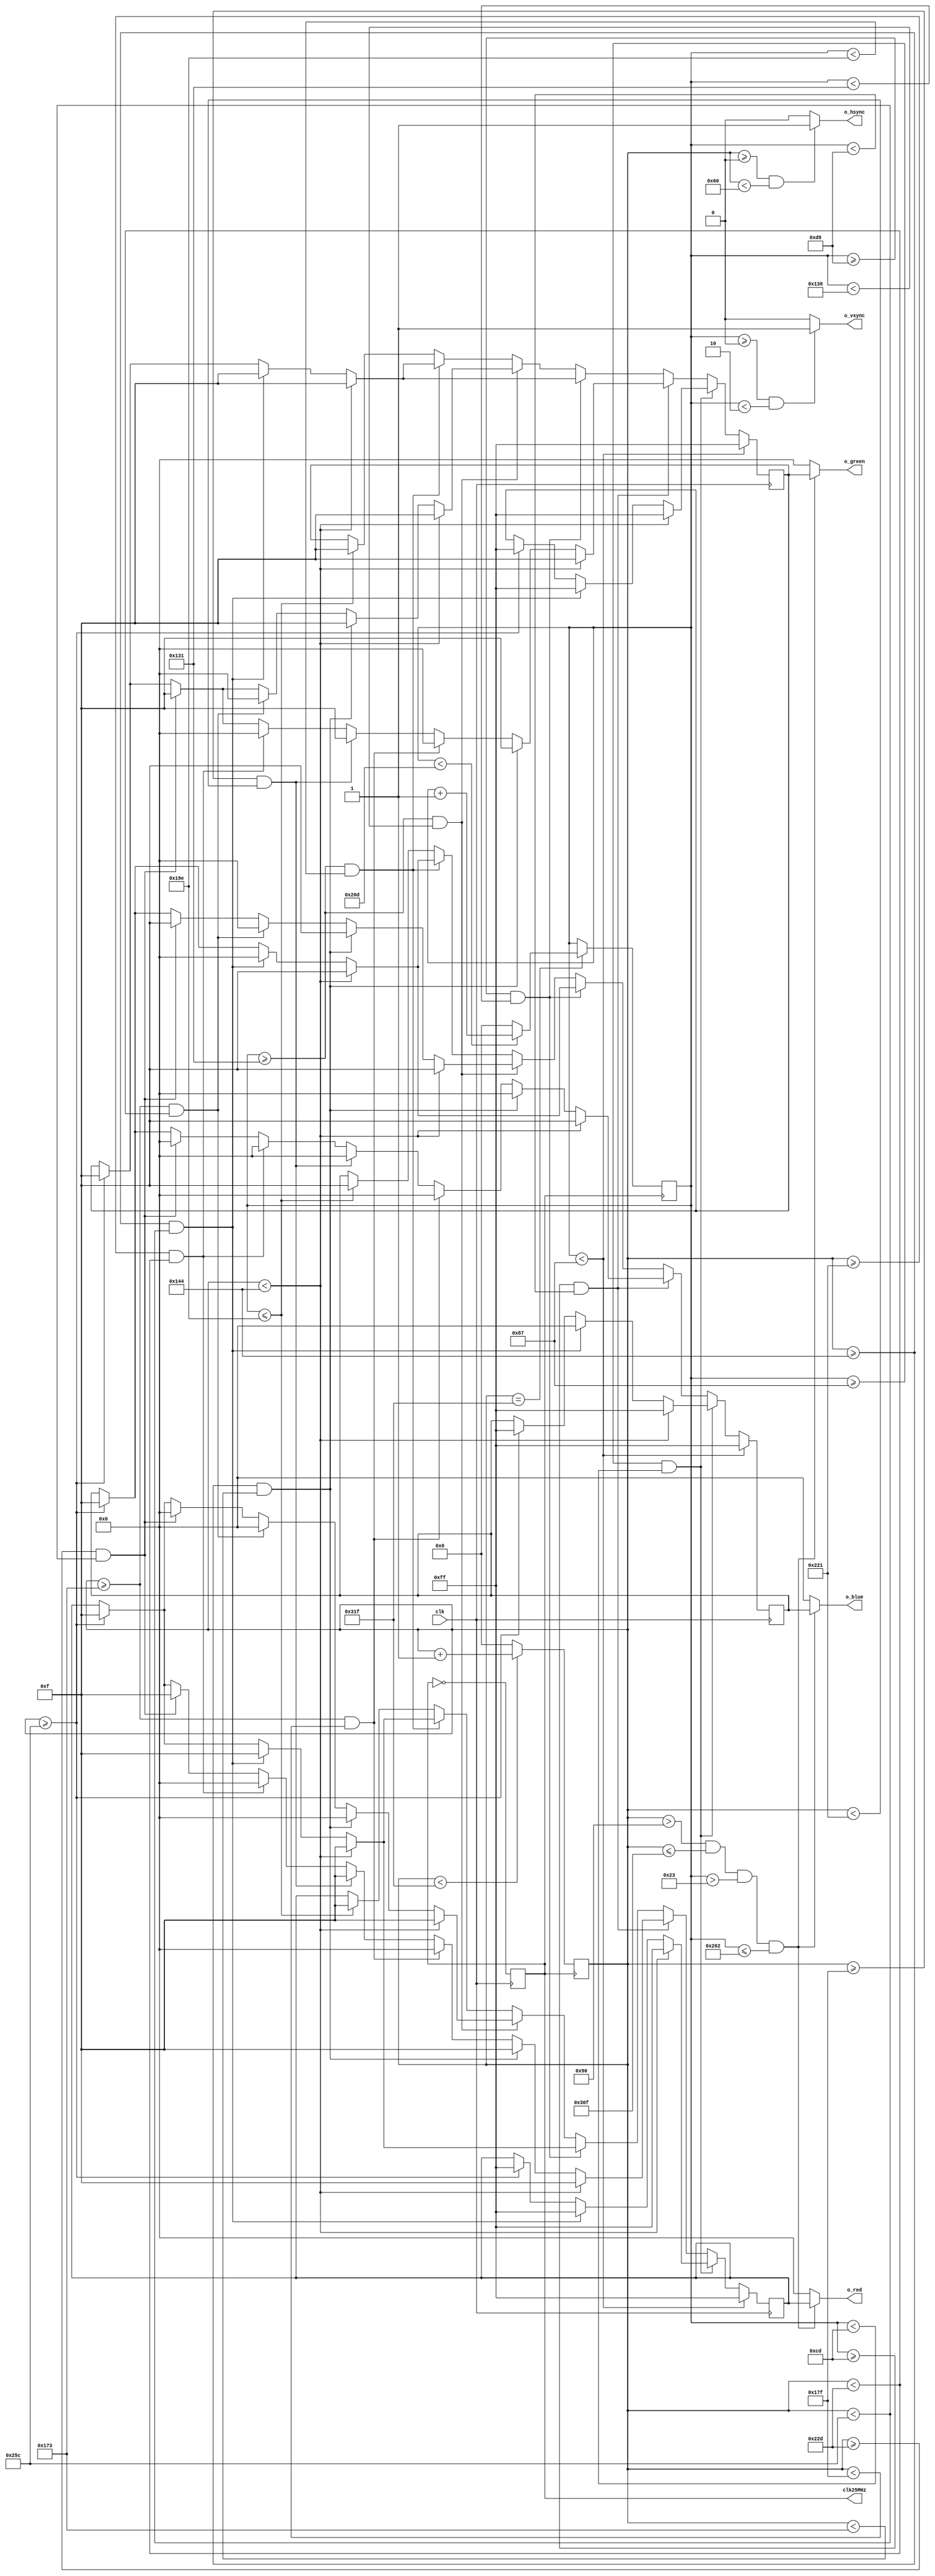
`timescale 1ns / 1ps

// image generator of a road and a sky 640x480 @ 60 fps

////////////////////////////////////////////////////////////////////////
module smiley(
	input clk,           // 50 MHz
	output o_hsync,      // horizontal sync
	output o_vsync,	     // vertical sync
	output [7:0] o_red,
	output [7:0] o_blue,
	output [7:0] o_green,  
	output reg clk25MHz
);

	reg [9:0] counter_x = 0;  // horizontal counter
	reg [9:0] counter_y = 0;  // vertical counter
	reg [7:0] r_red = 0;
	reg [7:0] r_blue = 0;
	reg [7:0] r_green = 0;
	
	reg reset = 0;  // for PLL
	
	
	always @(posedge clk) begin 
	clk25MHz = ~clk25MHz;
	end
	/////////////////////////////////////////////////////////////////////////////////////////////////////////////////////////////////
	// counter and sync generation
	always @(posedge clk25MHz)  // horizontal counter
		begin 
			if (counter_x < 799)
				counter_x <= counter_x + 1;  // horizontal counter (including off-screen horizontal 160 pixels) total of 800 pixels 
			else
				counter_x <= 0;              
		end  // always 
	
	always @ (posedge clk25MHz)  // vertical counter
		begin 
			if (counter_x == 799)  // only counts up 1 count after horizontal finishes 800 counts
				begin
					if (counter_y < 525)  // vertical counter (including off-screen vertical 45 pixels) total of 525 pixels
						counter_y <= counter_y + 1;
					else
						counter_y <= 0;              
				end  // if (counter_x...
		end  // always
	// end counter and sync generation  

	/////////////////////////////////////////////////////////////////////////////////////////////////////////////////////////////////
	// hsync and vsync output assignments
	assign o_hsync = (counter_x >= 0 && counter_x < 96) ? 1:0;  // hsync high for 96 counts                                                 
	assign o_vsync = (counter_y >= 0 && counter_y < 2) ? 1:0;   // vsync high for 2 counts
	// end hsync and vsync output assignments

	/////////////////////////////////////////////////////////////////////////////////////////////////////////////////////////////////
	// pattern generate
		always @ (posedge clk)
		begin
			////////////////////////////////////////////////////////////////////////////////////// SECTION 1
			if (counter_y < 135)
				begin              
					r_red <= 8'hFF;    // white
					r_blue <= 8'hFF;
					r_green <= 8'hFF;
				end  // if (counter_y < 135)
			////////////////////////////////////////////////////////////////////////////////////// END SECTION 1
			
			////////////////////////////////////////////////////////////////////////////////////// SECTION 2
			else if (counter_y >= 135 && counter_y < 205)
				begin 
					if (counter_x < 324)
						begin 
							r_red <= 8'hFF;    // white
							r_blue <= 8'hFF;
							r_green <= 8'hFF;
						end  // if (counter_x < 324)
					else if (counter_x >= 324 && counter_x < 604)
						begin 
							r_red <= 8'hFF;    // yellow
							r_blue <= 8'h00;
							r_green <= 8'hFF;
						end  // else if (counter_x >= 324 && counter_x < 604)
					else if (counter_x >= 604)
						begin 
							r_red <= 8'hFF;    // white
							r_blue <= 8'hFF;;
							r_green <= 8'hFF;
						end  // else if (counter_x >= 604)
					end  // else if (counter_y >= 135 && counter_y < 205)
			////////////////////////////////////////////////////////////////////////////////////// END SECTION 2
			
			////////////////////////////////////////////////////////////////////////////////////// SECTION 3
			else if (counter_y >= 205 && counter_y < 217)
				begin 
					if (counter_x < 324)
						begin 
							r_red <= 4'hF;    // white
							r_blue <= 4'hF;
							r_green <= 4'hF;
						end  // if (counter_x < 324)
					else if (counter_x >= 324 && counter_x < 371)
						begin 
							r_red <= 4'hF;    // yellow
							r_blue <= 4'h0;
							r_green <= 4'hF;
						end  // else if (counter_x >= 324 && counter_x < 371)
					else if (counter_x >= 371 && counter_x < 383)
						begin 
							r_red <= 4'h0;    // black
							r_blue <= 4'h0;
							r_green <= 4'h0;
						end  // else if (counter_x >= 371 && counter_x < 383)
					else if (counter_x >= 383 && counter_x < 545)
						begin 
							r_red <= 4'hF;    // yellow
							r_blue <= 4'h0;
							r_green <= 4'hF;
						end  // else if (counter_x >= 383 && counter_x < 545)
					else if (counter_x >= 545 && counter_x < 557)
						begin 
							r_red <= 4'h0;    // black
							r_blue <= 4'h0;
							r_green <= 4'h0;
						end  // else if (counter_x >= 545 && counter_x < 557)
					else if (counter_x >= 557 && counter_x < 604)
						begin 
							r_red <= 4'hF;    // yellow
							r_blue <= 4'h0;
							r_green <= 4'hF;
						end  // else if (counter_x >= 557 && counter_x < 604)
					else if (counter_x >= 604)
						begin 
							r_red <= 4'hF;    // white
							r_blue <= 4'hF;
							r_green <= 4'hF;
						end  // else if (counter_x >= 604)
				end  // else if (counter_y >= 205 && counter_y < 217)
			////////////////////////////////////////////////////////////////////////////////////// END SECTION 3
			
			////////////////////////////////////////////////////////////////////////////////////// SECTION 4
			else if (counter_y >= 217 && counter_y < 305)
				begin
					if (counter_x < 324)
						begin 
							r_red <= 4'hF;    // white
							r_blue <= 4'hF;
							r_green <= 4'hF;
						end  // if (counter_x < 324)
					else if (counter_x >= 324 && counter_x < 604)
						begin 
							r_red <= 4'hF;    // yellow
							r_blue <= 4'h0;
							r_green <= 4'hF;
						end  // else if (counter_x >= 324 && counter_x < 604)
					else if (counter_x >= 604)
						begin 
							r_red <= 4'hF;    // white
							r_blue <= 4'hF;
							r_green <= 4'hF;
						end  // else if (counter_x >= 604)	
				end  // else if (counter_y >= 217 && counter_y < 305)
			////////////////////////////////////////////////////////////////////////////////////// END SECTION 4
			
			////////////////////////////////////////////////////////////////////////////////////// SECTION 5
			else if (counter_y >= 305 && counter_y < 310)
				begin
					if (counter_x < 324)
						begin 
							r_red <= 4'hF;    // white
							r_blue <= 4'hF;
							r_green <= 4'hF;
						end  // if (counter_x < 324)
					else if (counter_x >= 324 && counter_x < 371)
						begin 
							r_red <= 4'h0;    // yellow
							r_blue <= 4'hF;
							r_green <= 4'hF;
						end  // else if (counter_x >= 324 && counter_x < 371)
					else if (counter_x >= 371 && counter_x < 557)
						begin 
							r_red <= 4'h0;    // black
							r_blue <= 4'h0;
							r_green <= 4'h0;
						end  // else if (counter_x >= 371 && counter_x < 557)
					else if (counter_x >= 557 && counter_x < 604)
						begin 
							r_red <= 4'h0;    // yellow
							r_blue <= 4'hF;
							r_green <= 4'hF;
						end  // else if (counter_x >= 557 && counter_x < 604)
					else if (counter_x >= 604)
						begin 
							r_red <= 4'hF;    // white
							r_blue <= 4'hF;
							r_green <= 4'hF;
						end  // else if (counter_x >= 604)	
				end  // else if (counter_y >= 217 && counter_y < 305)
			////////////////////////////////////////////////////////////////////////////////////// END SECTION 5
			
			////////////////////////////////////////////////////////////////////////////////////// SECTION 6
			else if (counter_y >= 305 && counter_y < 414)
				begin
					if (counter_x < 324)
						begin 
							r_red <= 4'hF;    // white
							r_blue <= 4'hF;
							r_green <= 4'hF;
						end  // if (counter_x < 324)
					else if (counter_x >= 324 && counter_x < 604)
						begin 
							r_red <= 4'hF;    // yellow
							r_blue <= 4'h0;
							r_green <= 4'hF;
						end  // else if (counter_x >= 324 && counter_x < 604)
					else if (counter_x >= 604)
						begin 
							r_red <= 4'hF;    // white
							r_blue <= 4'hF;
							r_green <= 4'hF;
						end  // else if (counter_x >= 604)	
				end  // else if (counter_y >= 305 && counter_y < 414)
			////////////////////////////////////////////////////////////////////////////////////// END SECTION 6
			
			////////////////////////////////////////////////////////////////////////////////////// SECTION 7
			else if (counter_y <= 414)
				begin              
					r_red <= 4'hF;    // white
					r_blue <= 4'hF;
					r_green <= 4'hF;
				end  // if (counter_y >= 414) 
			////////////////////////////////////////////////////////////////////////////////////// END SECTION 7
		end  // always
						
	// end pattern generate

	/////////////////////////////////////////////////////////////////////////////////////////////////////////////////////////////////
	// color output assignments
	// only output the colors if the counters are within the adressable video time constraints
	assign o_red = (counter_x > 144 && counter_x <= 783 && counter_y > 35 && counter_y <= 514) ? r_red : 4'h0;
	assign o_blue = (counter_x > 144 && counter_x <= 783 && counter_y > 35 && counter_y <= 514) ? r_blue : 4'h0;
	assign o_green = (counter_x > 144 && counter_x <= 783 && counter_y > 35 && counter_y <= 514) ? r_green : 4'h0;
	// end color output assignments
	
endmodule  // VGA_image_gen